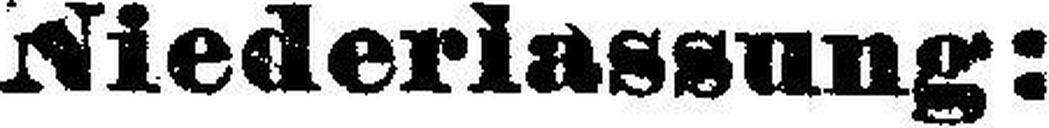
Niederlassung: